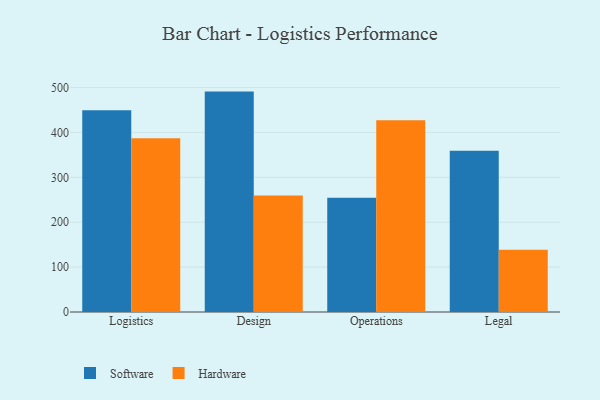
{"axis": {"x": "Department", "y": "Operating Costs (USD K)"}, "legend": ["Hardware", "Software"], "data": [{"x": "Logistics", "y": 449.5, "type": "Software"}, {"x": "Logistics", "y": 387.1, "type": "Hardware"}, {"x": "Design", "y": 490.9, "type": "Software"}, {"x": "Design", "y": 259.4, "type": "Hardware"}, {"x": "Operations", "y": 254.6, "type": "Software"}, {"x": "Operations", "y": 427.3, "type": "Hardware"}, {"x": "Legal", "y": 359.1, "type": "Software"}, {"x": "Legal", "y": 138.7, "type": "Hardware"}]}